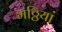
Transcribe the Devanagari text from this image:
भठ्ठियां